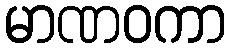
မာဏဝကာ